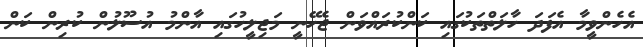
އެހެންވީމާ އެފަދަ ހާލަތްތަކުގައި ކަންކުރައްވަން ޖެހޭނީ މަޖިލީހުގައި އާންމު އުސޫލުން ކުރިން ކަން